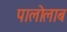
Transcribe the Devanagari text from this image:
पालोलाब